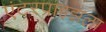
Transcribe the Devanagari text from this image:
एंटरप्राइझला